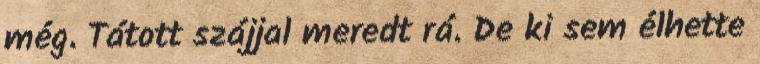
még. Tátott szájjal meredt rá. De ki sem élhette